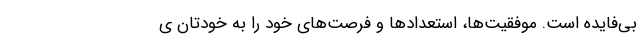
بی‌فایده است. موفقیت‌ها، استعداد‌ها و فرصت‌های خود را به خودتان ی